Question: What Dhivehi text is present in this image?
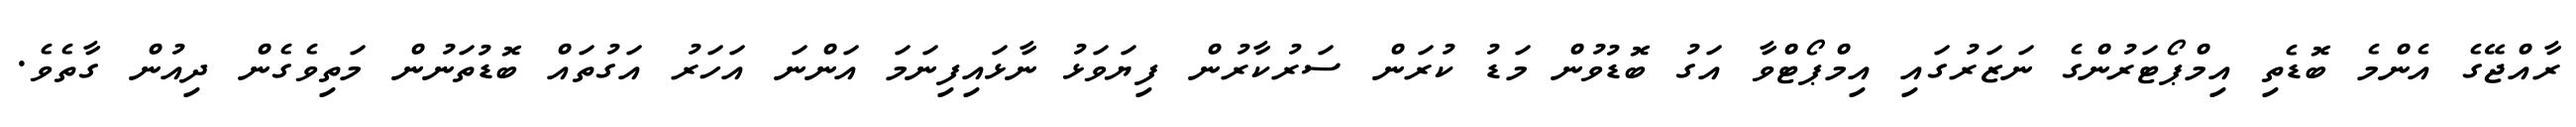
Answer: ރާއްޖޭގެ އެންމެ ބޮޑެތި އިމްޕޯޓަރުންގެ ނަޒަރުގައި އިމްޕޯޓްވާ އަގު ބޮޑުވުން މަޑު ކުރަން ސަރުކާރުން ފިޔަވަޅު ނާޅައިފިނަމަ އަންނަ އަހަރު އަގުތައް ބޮޑުތަނުން މަތިވެގެން ދިއުން ގާތެވެ.